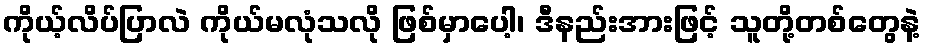
ကိုယ့်လိပ်ပြာလဲ ကိုယ်မလုံသလို ဖြစ်မှာပေါ့၊ ဒီနည်းအားဖြင့် သူတို့တစ်တွေနဲ့